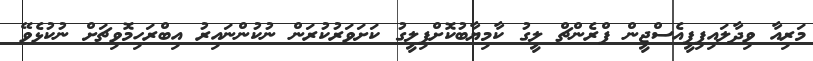
މަރިއާ ވިދާލައިފިޕީއެސްޖީން ފްރެންޗް ލީގު ކާމިޔާބުކޮށްފިލީގު ކަށަވަރުކުރަން ނުކުންނައިރު އިބްރަހިމޮވިޗަށް ނުކުޅެވޭ